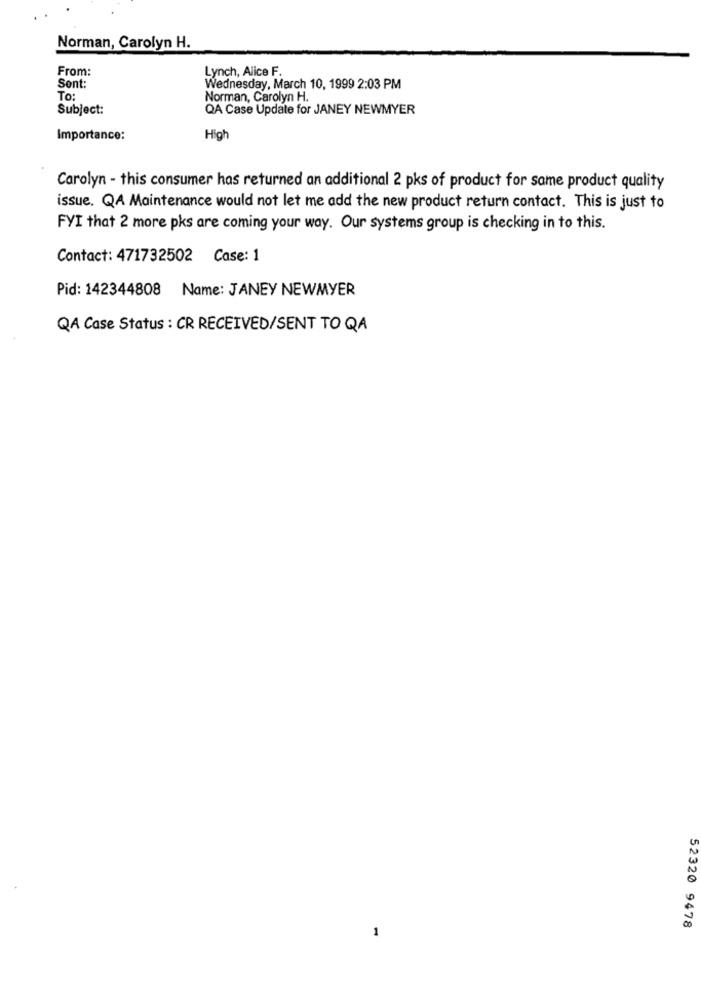
Norman, Carolyn H.
From:
Lynch, Alice F.
Sent:
Wednesday, March 10, 1999 2:03 PM
To:
Norman, Carolyn H.
Subject:
QA Case Update for JANEY NEWMYER
Importance:
High
Carolyn - this consumer has returned an additional 2 pks of product for same product quality
issue. QA Maintenance would not let me add the new product return contact. This is just to
FYI that 2 more pks are coming your way. Our systems group is checking in to this.
Contact: 471732502 Case: 1
Pid: 142344808 Name: JANEY NEWMYER
QA Case Status : CR RECEIVED/SENT TO QA
1
52320 9478